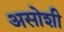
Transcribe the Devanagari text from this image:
असोशी